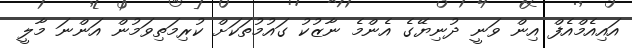
އައިއެމްއެފް އިން ވަނީ ދުނިޔޭގެ އެންމެ ނާޒުކު ގައުމުތަކަށް ކުރިމަތިވަމުން އަންނަ މާލީ